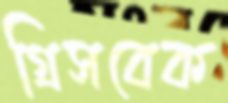
গ্রিসবেক